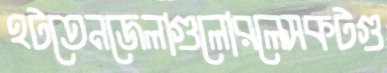
হটতেনজেলাগুলোরলেসকটগু